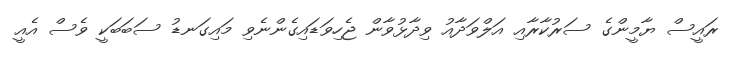
ރައީސް ޔާމީންގެ ސަރުކާރާއި އަލްވަދާއު ވިދާޅުވާން ޖެހިވަޑައިގެންނެވި މައިގަނޑު ސަބަބަކީ ވެސް އެއީ